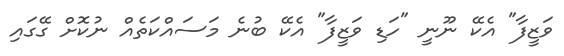
ވަޒީފާ" އެކޭ ނޫނީ "ހަޑި ވަޒީފާ" އެކޭ ބުނެ މަސައްކަތެއް ނުކޮށް ގޭގައި